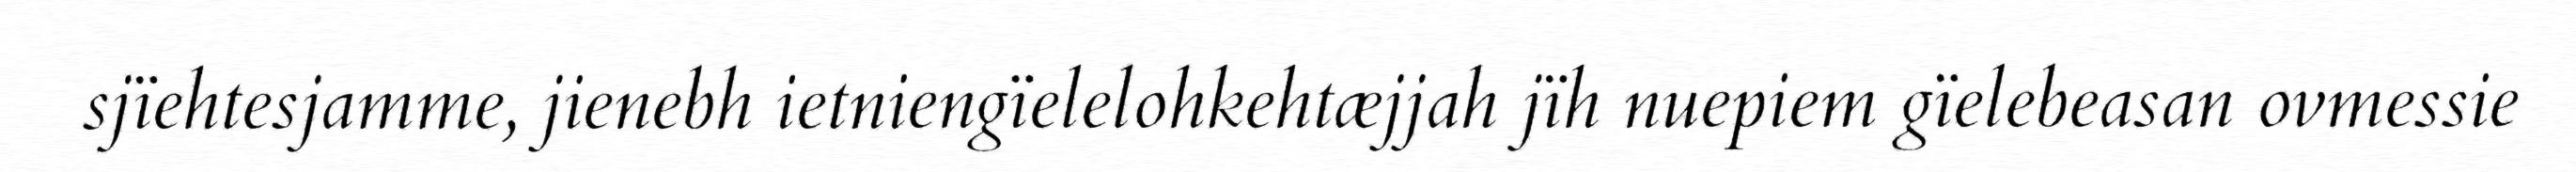
sjïehtesjamme, jienebh ietniengïelelohkehtæjjah jïh nuepiem gïelebeasan ovmessie